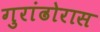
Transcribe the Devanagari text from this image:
गुरांढोरास